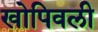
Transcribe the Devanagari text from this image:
खोपिवली